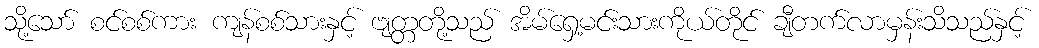
သို့သော် စင်စစ်ကား ကျန်စစ်သားနှင့် ဗျတ္တတို့သည် အိမ်ရှေ့မင်းသားကိုယ်တိုင် ချီတက်လာမှန်းသိသည်နှင့်